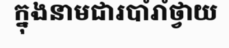
ក្នុងនាមជារបាំរាំថ្វាយ